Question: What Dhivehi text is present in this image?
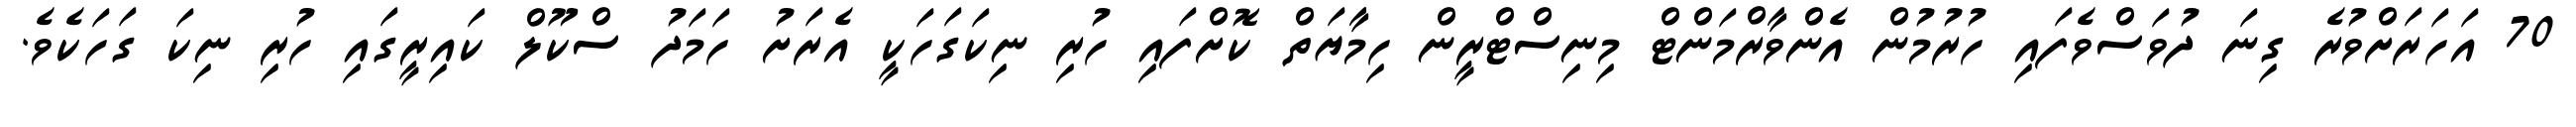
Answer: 70 އަހަރަށްވުރެ ގިނަ ދުވަސްވެފައި ހުރުމުން އެންވާރްމަންޓް މިނިސްޓްރީން ހިމާޔަތް ކޮށްފައި ހުރި ނިކަގަހަކީ އެރަށު ހަމަދު ސްކޫލް ކައިރީގައި ހުރި ނިކަ ގަހަކެވެ.